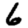
Digit: 6